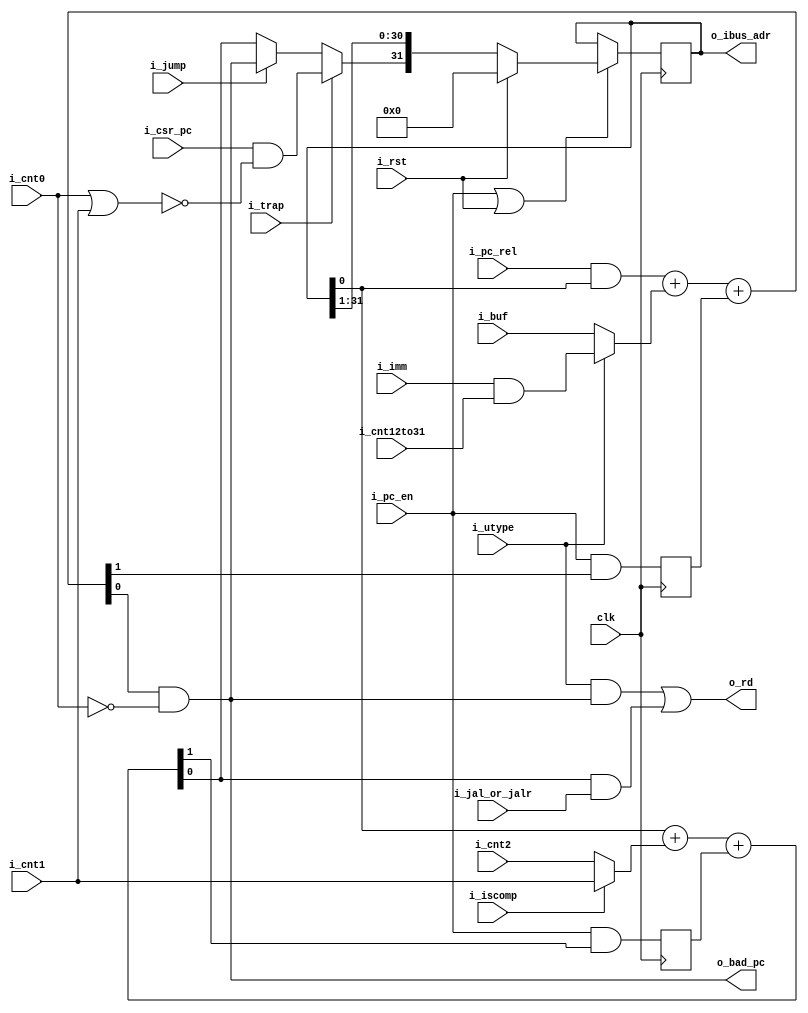
// This program was cloned from: https://github.com/olofk/tt07test
// License: Apache License 2.0

`default_nettype none
module serv_ctrl
  #(parameter RESET_STRATEGY = "MINI",
    parameter RESET_PC = 32'd0,
    parameter WITH_CSR = 1,
    parameter W = 1,
    parameter B = W-1
  )
  (
   input wire 	     clk,
   input wire 	     i_rst,
   //State
   input wire 	     i_pc_en,
   input wire 	     i_cnt12to31,
   input wire 	     i_cnt0,
   input wire        i_cnt1,
   input wire 	     i_cnt2,
   //Control
   input wire 	     i_jump,
   input wire 	     i_jal_or_jalr,
   input wire 	     i_utype,
   input wire 	     i_pc_rel,
   input wire 	     i_trap,
   input wire        i_iscomp,
   //Data
   input wire [B:0] i_imm,
   input wire [B:0] i_buf,
   input wire [B:0] i_csr_pc,
   output wire [B:0] o_rd,
   output wire [B:0] o_bad_pc,
   //External
   output reg [31:0] o_ibus_adr);

   wire [B:0] pc_plus_4;
   wire       pc_plus_4_cy;
   reg 	      pc_plus_4_cy_r;
   wire [B:0] pc_plus_4_cy_r_w;
   wire [B:0] pc_plus_offset;
   wire       pc_plus_offset_cy;
   reg	      pc_plus_offset_cy_r;
   wire [B:0] pc_plus_offset_cy_r_w;
   wire [B:0] pc_plus_offset_aligned;
   wire [B:0] plus_4;

   wire [B:0] pc = o_ibus_adr[B:0];

   wire [B:0] new_pc;

   wire [B:0] offset_a;
   wire [B:0] offset_b;

  /*  If i_iscomp=1: increment pc by 2 else increment pc by 4  */

   generate
      if (W == 1) begin : gen_plus_4_w_eq_1
	 assign plus_4 = i_iscomp ? i_cnt1 : i_cnt2;
      end else if (W == 4) begin : gen_plus_4_w_eq_4
	 assign plus_4 = (i_cnt0 | i_cnt1) ? (i_iscomp ? 2 : 4) : 0;
      end
   endgenerate

   assign o_bad_pc = pc_plus_offset_aligned;

   assign {pc_plus_4_cy,pc_plus_4} = pc+plus_4+pc_plus_4_cy_r_w;

   generate
      if (|WITH_CSR) begin : gen_csr
	 if (W == 1) begin : gen_new_pc_w_eq_1
	    assign new_pc = i_trap ? (i_csr_pc & !(i_cnt0 || i_cnt1)) : i_jump ? pc_plus_offset_aligned : pc_plus_4;
         end else if (W == 4) begin : gen_new_pc_w_eq_4
	    assign new_pc = i_trap ? (i_csr_pc & ((i_cnt0 || i_cnt1) ? 4'b1100 : 4'b1111)) : i_jump ? pc_plus_offset_aligned : pc_plus_4;
	 end
      end else begin : gen_no_csr
	 assign new_pc = i_jump ? pc_plus_offset_aligned : pc_plus_4;
      end
   endgenerate
   assign o_rd  = ({W{i_utype}} & pc_plus_offset_aligned) | (pc_plus_4 & {W{i_jal_or_jalr}});

   assign offset_a = {W{i_pc_rel}} & pc;
   assign offset_b = i_utype ? (i_imm & {W{i_cnt12to31}}) : i_buf;
   assign {pc_plus_offset_cy,pc_plus_offset} = offset_a+offset_b+pc_plus_offset_cy_r_w;

   generate
   if (W>1) begin : gen_w_gt_1
	 assign pc_plus_offset_aligned[B:1] = pc_plus_offset[B:1];
	 assign pc_plus_offset_cy_r_w[B:1] = {B{1'b0}};
	 assign pc_plus_4_cy_r_w[B:1] = {B{1'b0}};
   end
   endgenerate

   assign pc_plus_offset_aligned[0] = pc_plus_offset[0] & !i_cnt0;
   assign pc_plus_offset_cy_r_w[0] = pc_plus_offset_cy_r;
   assign pc_plus_4_cy_r_w[0] = pc_plus_4_cy_r;

   initial if (RESET_STRATEGY == "NONE") o_ibus_adr = RESET_PC;

   always @(posedge clk) begin
      pc_plus_4_cy_r <= i_pc_en & pc_plus_4_cy;
      pc_plus_offset_cy_r <= i_pc_en & pc_plus_offset_cy;

      if (RESET_STRATEGY == "NONE") begin
	 if (i_pc_en)
	   o_ibus_adr <= {new_pc, o_ibus_adr[31:W]};
      end else begin
	 if (i_pc_en | i_rst)
	   o_ibus_adr <= i_rst ? RESET_PC : {new_pc, o_ibus_adr[31:W]};
      end
   end
endmodule